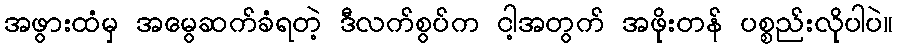
အဖွားထံမှ အမွေဆက်ခံရတဲ့ ဒီလက်စွပ်က ငါ့အတွက် အဖိုးတန် ပစ္စည်းလိုပါပဲ။